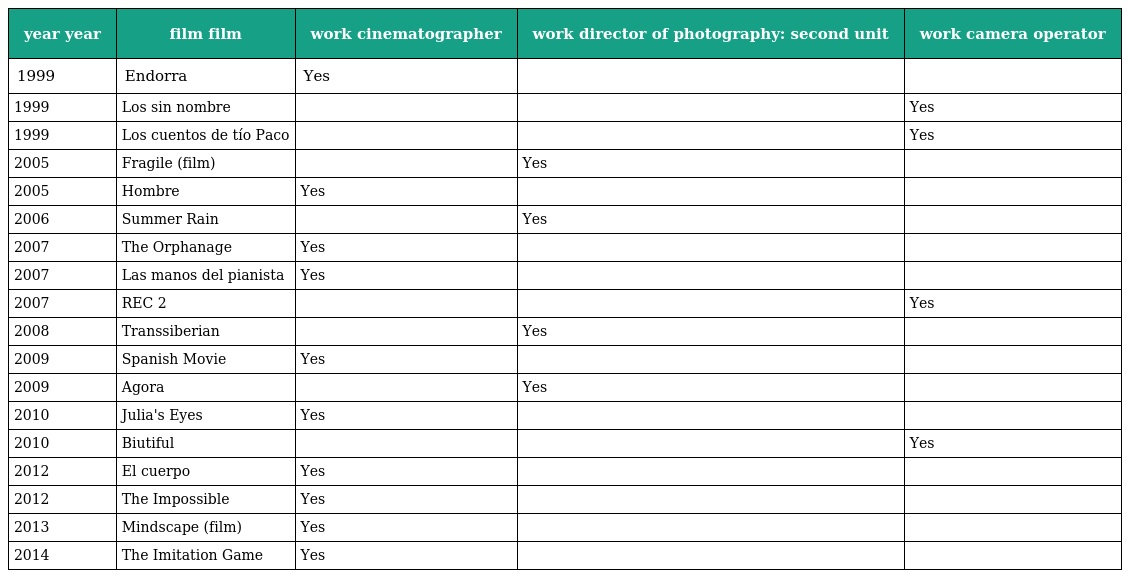
| year year | film film | work cinematographer | work director of photography: second unit | work camera operator |
 | --- | --- | --- | --- | --- |
 | 1999 | Endorra | Yes |  |  |
 | 1999 | Los sin nombre |  |  | Yes |
 | 1999 | Los cuentos de tío Paco |  |  | Yes |
 | 2005 | Fragile (film) |  | Yes |  |
 | 2005 | Hombre | Yes |  |  |
 | 2006 | Summer Rain |  | Yes |  |
 | 2007 | The Orphanage | Yes |  |  |
 | 2007 | Las manos del pianista | Yes |  |  |
 | 2007 | REC 2 |  |  | Yes |
 | 2008 | Transsiberian |  | Yes |  |
 | 2009 | Spanish Movie | Yes |  |  |
 | 2009 | Agora |  | Yes |  |
 | 2010 | Julia's Eyes | Yes |  |  |
 | 2010 | Biutiful |  |  | Yes |
 | 2012 | El cuerpo | Yes |  |  |
 | 2012 | The Impossible | Yes |  |  |
 | 2013 | Mindscape (film) | Yes |  |  |
 | 2014 | The Imitation Game | Yes |  |  |